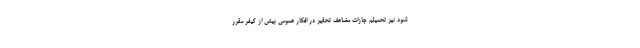
شود نیز تحمیلم جازات مضاعفِ تحقیر در افکار عمومی بیش از کیفر مقرر